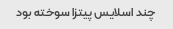
چند اسلایس پیتزا سوخته بود